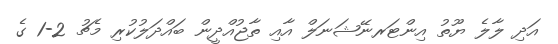
އަދި ލާލެ ޔޫތު އިންޓަރނޭޝަނަލް އާއި ތާޖުއްދީން ބައްދަލުކުރި މެޗު 2-1 ގެ